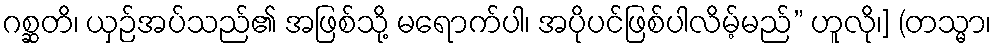
ဂစ္ဆတိ၊ ယှဉ်အပ်သည်၏ အဖြစ်သို့ မရောက်ပါ၊ အပိုပင်ဖြစ်ပါလိမ့်မည်” ဟူလို၊] (တသ္မာ၊